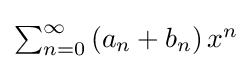
{\textstyle \sum _{n=0}^{\infty }\left(a_{n}+b_{n}\right)x^{n}}